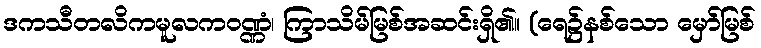
ဒကသီတလိကမူလကဝဏ္ဏံ၊ ကြာသိမ်မြစ်အဆင်းရှိ၏။ (ရေ၌နစ်သော မှော်မြစ်